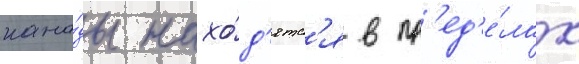
кана́ды нахо́д'ятс'я в пр'ед'е́лах